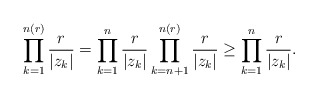
\begin{align*}\prod^{n(r)}_{k=1}\frac{r}{|z_k|}=\prod^{n}_{k=1}\frac{r}{|z_k|}\prod^{n(r)}_{k=n+1}\frac{r}{|z_k|}\geq\prod^{n}_{k=1}\frac{r}{|z_k|}.\end{align*}